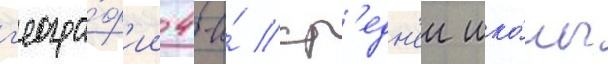
г'еогра́ф'ии 4-и́ ср'едн'еи шко́лы